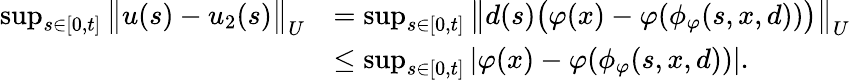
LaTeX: \begin{array}{rl}{\operatorname*{sup}_{s\in[0,t]}\big\| u(s)-u_{2}(s)\big\| _{U}}&{=\operatorname*{sup}_{s\in[0,t]}\big\| d(s)\big(\varphi(x)-\varphi(\phi_{\varphi}(s,x,d))\big)\big\| _{U}}\\ &{\leq\operatorname*{sup}_{s\in[0,t]}|\varphi(x)-\varphi(\phi_{\varphi}(s,x,d))|.}\end{array}